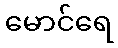
မောင်ရေ